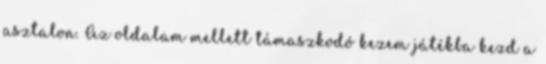
asztalon. Az oldalam mellett támaszkodó kezem játékba kezd a